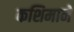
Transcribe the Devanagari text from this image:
कशिमाने